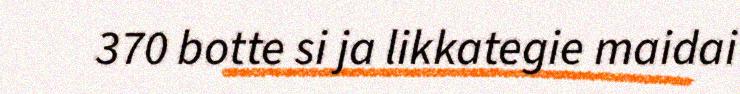
370 botte si ja likkategie maidai